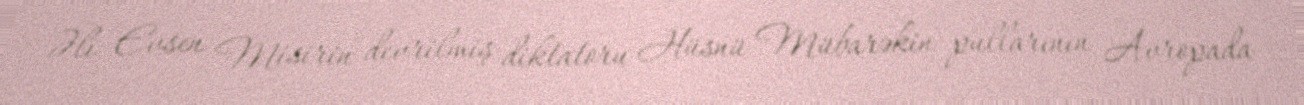
Əli Evsen Misirin devrilmiş diktatoru Hüsnü Mübarəkin pullarının Avropada